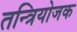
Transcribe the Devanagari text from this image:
तन्त्रियोजक